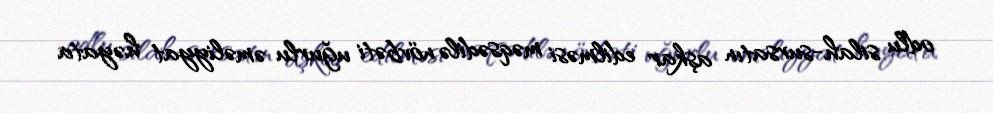
odlu silah-sursatın aşkar edilməsi məqsədilə növbəti uğurlu əməliyyat həyata